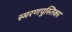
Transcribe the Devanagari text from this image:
स्मरणपुस्तिका